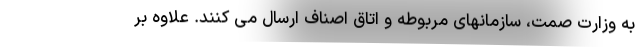
به وزارت صمت، سازمانهای مربوطه و اتاق اصناف ارسال می کنند. علاوه بر